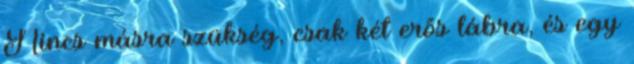
Nincs másra szükség, csak két erős lábra, és egy